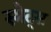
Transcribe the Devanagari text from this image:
स्मेट्स